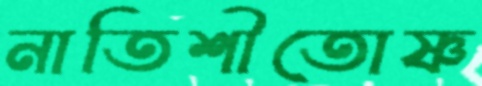
নাতিশীতোষ্ণ